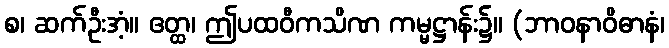
စ၊ ဆက်ဦးအံ့။ ဧတ္ထ၊ ဤပထဝီကသိဏ ကမ္မဋ္ဌာန်း၌။ (ဘာဝနာဝိဓာနံ၊